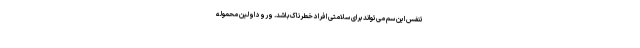
تنفس این سم می‌تواند برای سلامتی افراد خطرناک باشد. ورود اولین محموله